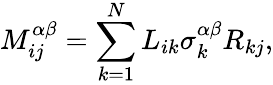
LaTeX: M_{ij}^{\alpha\beta}=\sum_{k=1}^{N}L_{ik}\sigma_{k}^{\alpha\beta}R_{kj},